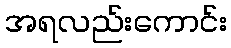
အရလည်းကောင်း